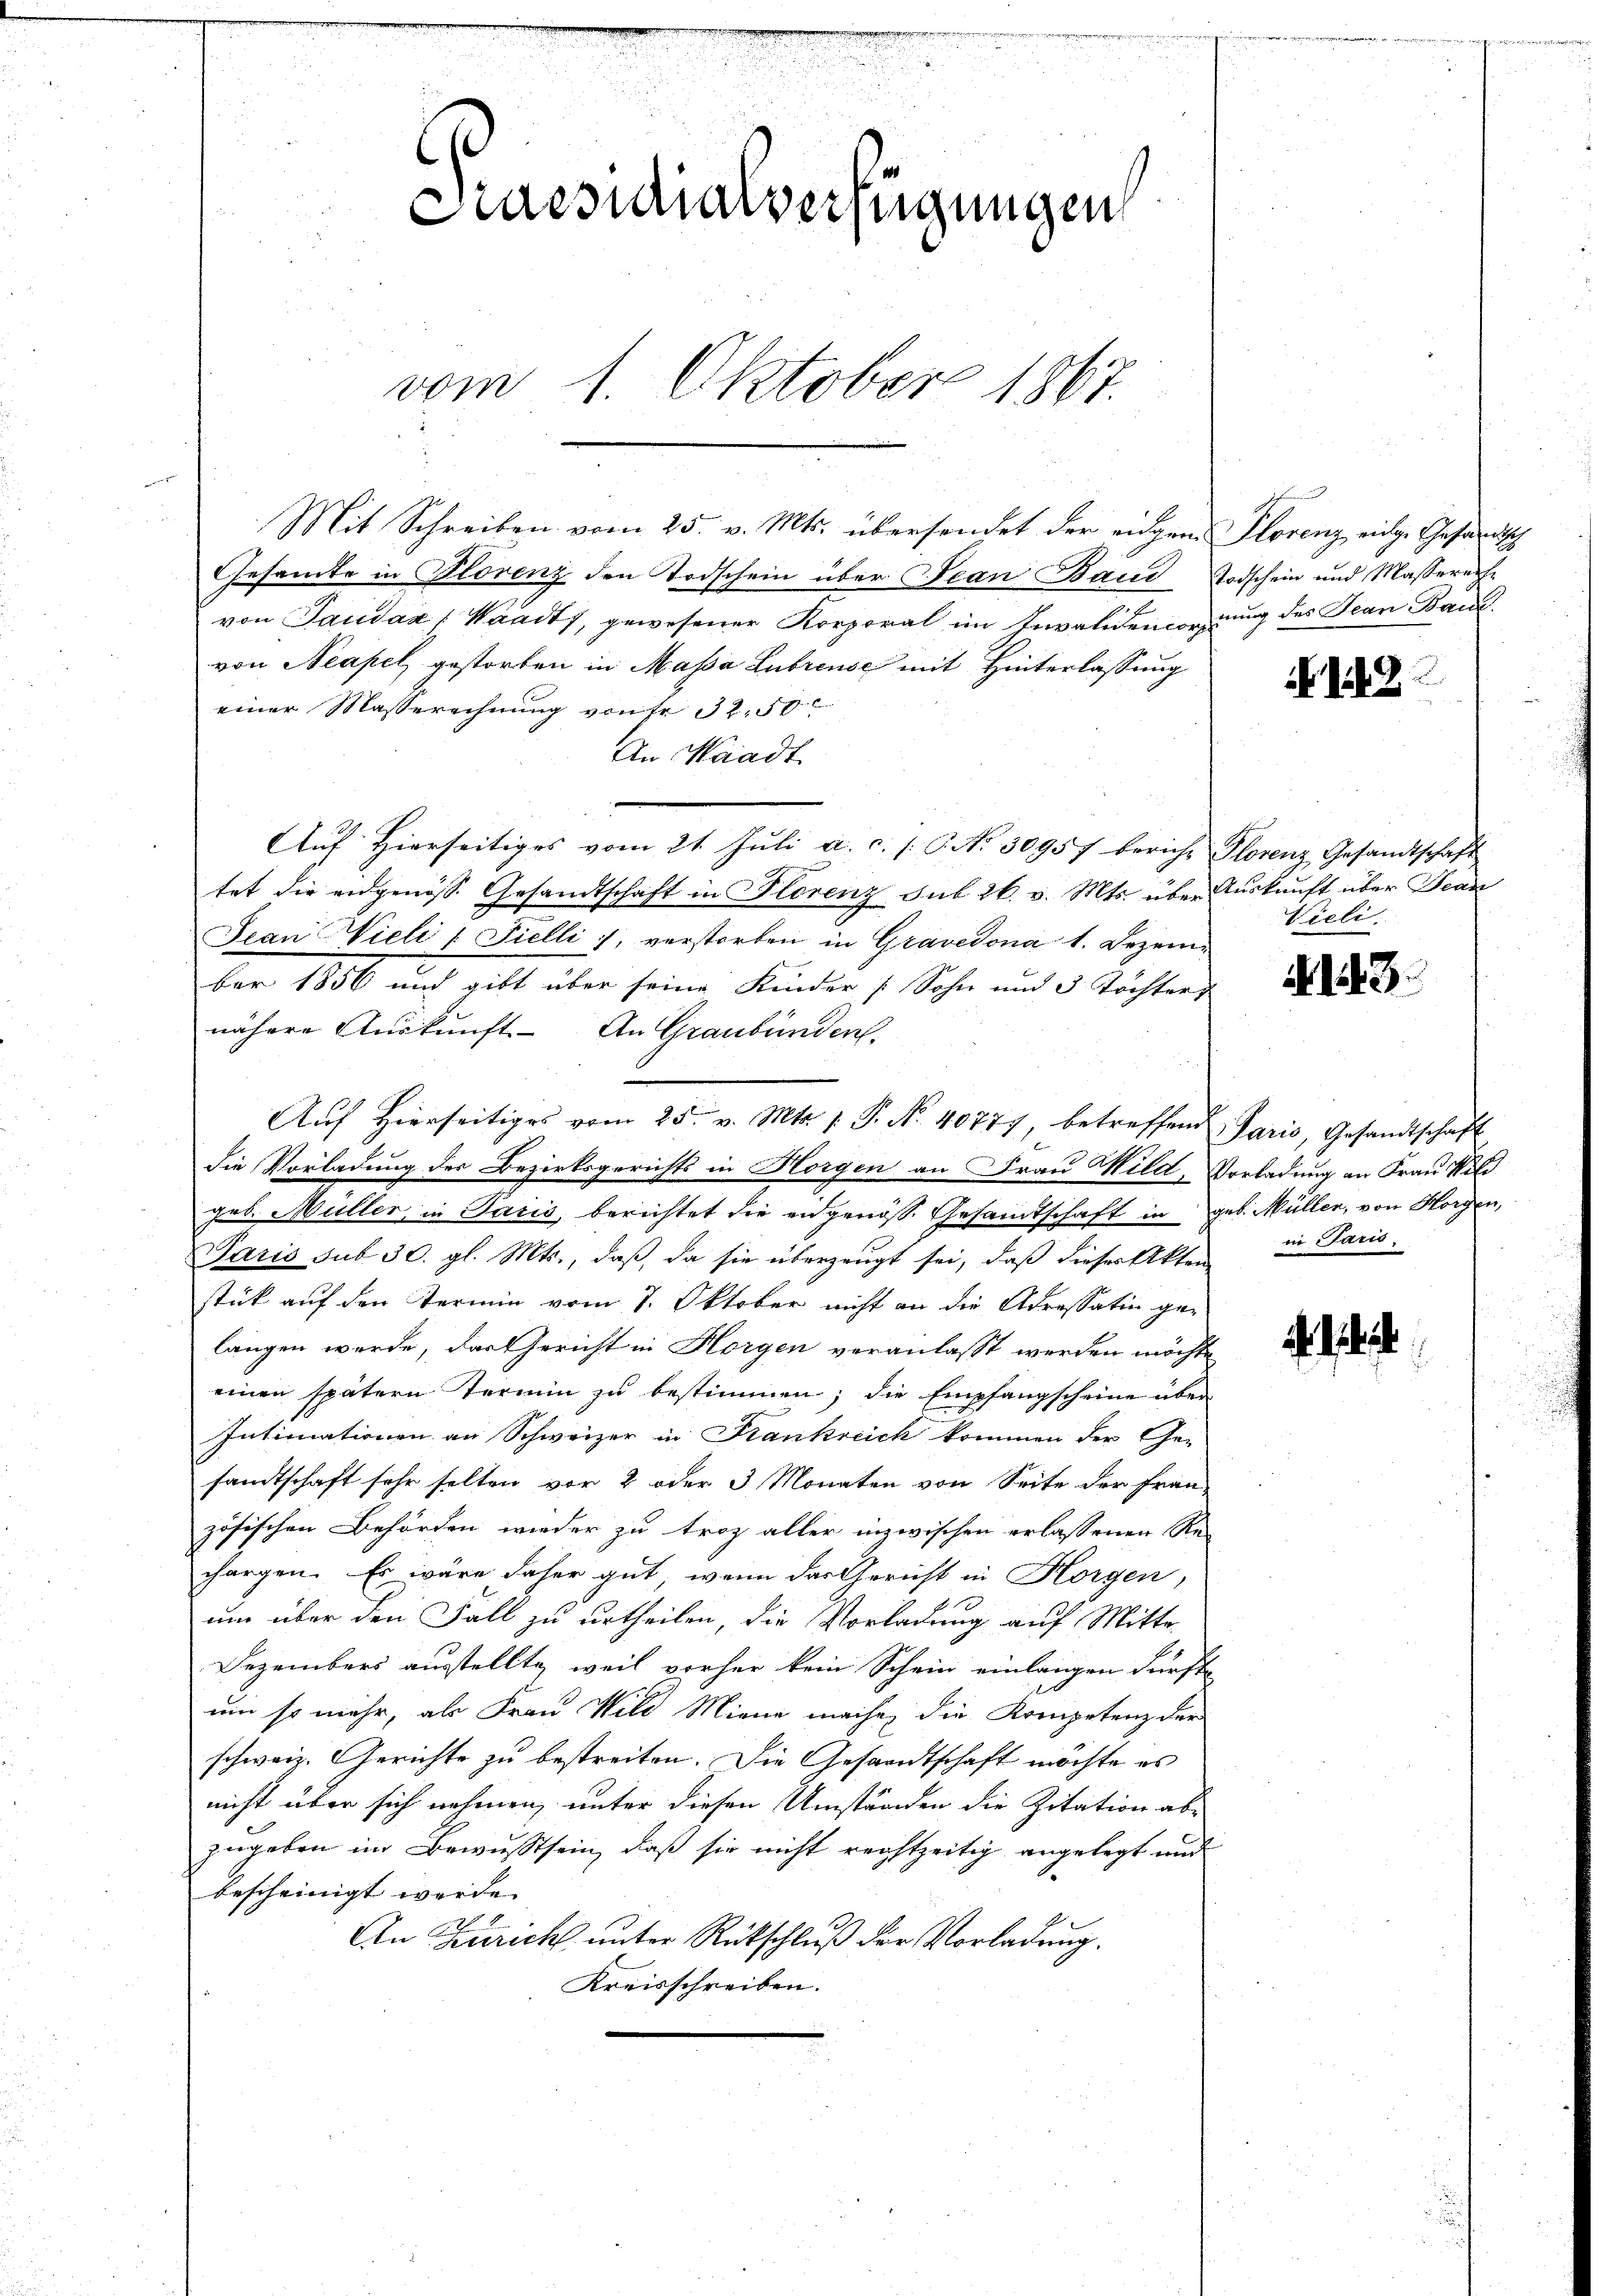
Praesidialverfügungen
vom 1. Oktober 1867.

Gesamte in Plorenz den Todschein über Jean Band Todschein und Massererhe
von Taudaz (Waadt, gewesener Korporal im Invalidendordnung des Jean Band
von Neapel gestorben in Massa Lubrense mit Hinterlassung
einer Masserechnung von fr. 32. 50
An Waadt
Aŭf Hierseitiges vom 21. Jŭli a. c. s. S. Nr. 30957 bericht Plorenz Gesandtschaft
d
tet die eidgenöss. Gesandtschaft in Florenz sub 26. v. Mts. über Auskunft über Jean
Jean Wieli / Fielli, verstorben in Gravedona 1. Dezember 1856 und gilt über seine Kinder Sohn und 3 Töchters
nähere Auskunft. An Graubünden.
Aŭf Hierseitiges vom 25. v. Mts. 1. P. Nr. 40777, betreffend Paris, Gesandtschaft
die Vorladung des Bezirksgerichts in Horgen an Frau Mild, Vorladung an Frau Wild
geb. Müller in Paris, berichtet die eidgenös. Gesandtschaft in geb. Müller, von Horgen,
Paris sub 30. gl. Mts., daß da sie überzeugt sei, daß dieser Akten
stück auf den Termin vom 7. Oktober nicht an die Adressation ge-
langen werde, das Gericht in Horgen veranlasst werden möchte
einen spätern Termin zu bestimmen; die Empfangscheine über
Intimationen an Schweizer in Frankreich kommen der Ge-
sandtschaft sehr selten vor 2 oder 3 Monaten von Seite der Frau-
zösischen Behörden wieder zu troz aller inzwischen erlassenen Re-
chargen. Es wäre daher gut, wenn das Gericht in Horgen,
um über den Fall zu urtheilen, die Vorladung auf Mitte
Dezembers ausstellte, weil vorher kein Schein einlangen dürfte,
um so mehr, als Frau Wild Miene mache, die Kompetenz der
schweiz. Gerichte zu bestreiten. Die Gesandtschaft möchte es
nicht über sich nehmen, unter diesen Umständen die Zitation ab-
zugeben im Bewusstsein, daß sie nicht rechtzeitig angelegt und
bescheinigt werde. |
An Gerich unter Rückschluß der Vorladung.
Kreisschreiben.

Mit Schreiben vom 25. v. Mts. übersendet der eingen Florenz eige Gesandtsch

S. 2

Vieli.

. 13

in Paris,

bi